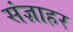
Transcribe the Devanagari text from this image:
संज्ञाहर